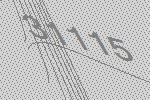
31115